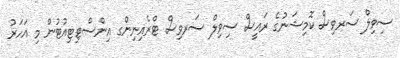
ސިވިލް ސަރވިސް ކޮމިޝަނުގެ ރައީސް ސިވިލް ސަރވިސް ޓްރެއިނިންގ އިންސްޓިޓިއުޓުން މި އަހަރު